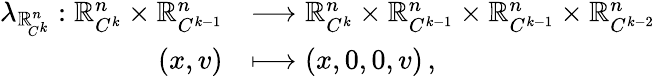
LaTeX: \begin{array}{rl}{\lambda_{\mathbb{R}_{\! C^{k}}^{n}}:\mathbb{R}_{C^{k}}^{n}\times\mathbb{R}_{C^{k-1}}^{n}}&{\longrightarrow\mathbb{R}_{C^{k}}^{n}\times\mathbb{R}_{C^{k-1}}^{n}\times\mathbb{R}_{C^{k-1}}^{n}\times\mathbb{R}_{C^{k-2}}^{n}}\\ {(x,v)}&{\longmapsto(x,0,0,v)\, ,}\end{array}